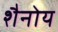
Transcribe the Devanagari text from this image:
शैनोय